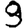
Digit: 9